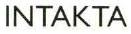
INTAKTA